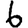
Digit: 6